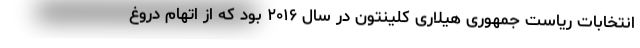
انتخابات ریاست جمهوری هیلاری کلینتون در سال ۲۰۱۶ بود که از اتهام دروغ